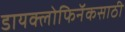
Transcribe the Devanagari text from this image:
डायक्लोफिनॅकसाठी